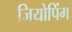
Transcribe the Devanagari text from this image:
जियोपिंग